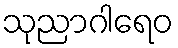
သုညာဂါရေဝ